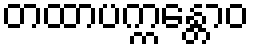
တထာပက္ကန္တောဝ